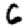
Digit: 6